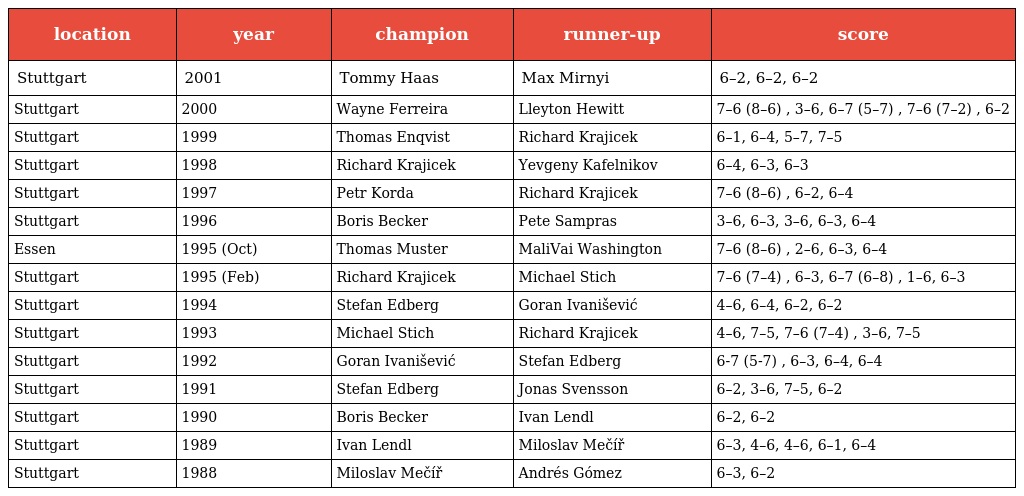
| location | year | champion | runner-up | score |
 | --- | --- | --- | --- | --- |
 | Stuttgart | 2001 | Tommy Haas | Max Mirnyi | 6–2, 6–2, 6–2 |
 | Stuttgart | 2000 | Wayne Ferreira | Lleyton Hewitt | 7–6 (8–6) , 3–6, 6–7 (5–7) , 7–6 (7–2) , 6–2 |
 | Stuttgart | 1999 | Thomas Enqvist | Richard Krajicek | 6–1, 6–4, 5–7, 7–5 |
 | Stuttgart | 1998 | Richard Krajicek | Yevgeny Kafelnikov | 6–4, 6–3, 6–3 |
 | Stuttgart | 1997 | Petr Korda | Richard Krajicek | 7–6 (8–6) , 6–2, 6–4 |
 | Stuttgart | 1996 | Boris Becker | Pete Sampras | 3–6, 6–3, 3–6, 6–3, 6–4 |
 | Essen | 1995 (Oct) | Thomas Muster | MaliVai Washington | 7–6 (8–6) , 2–6, 6–3, 6–4 |
 | Stuttgart | 1995 (Feb) | Richard Krajicek | Michael Stich | 7–6 (7–4) , 6–3, 6–7 (6–8) , 1–6, 6–3 |
 | Stuttgart | 1994 | Stefan Edberg | Goran Ivanišević | 4–6, 6–4, 6–2, 6–2 |
 | Stuttgart | 1993 | Michael Stich | Richard Krajicek | 4–6, 7–5, 7–6 (7–4) , 3–6, 7–5 |
 | Stuttgart | 1992 | Goran Ivanišević | Stefan Edberg | 6-7 (5-7) , 6–3, 6–4, 6–4 |
 | Stuttgart | 1991 | Stefan Edberg | Jonas Svensson | 6–2, 3–6, 7–5, 6–2 |
 | Stuttgart | 1990 | Boris Becker | Ivan Lendl | 6–2, 6–2 |
 | Stuttgart | 1989 | Ivan Lendl | Miloslav Mečíř | 6–3, 4–6, 4–6, 6–1, 6–4 |
 | Stuttgart | 1988 | Miloslav Mečíř | Andrés Gómez | 6–3, 6–2 |